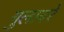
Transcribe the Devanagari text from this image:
गुलाबरे